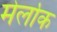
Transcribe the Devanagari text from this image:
मेर्लोक